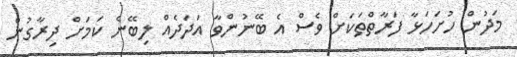
މަދުން ހުށަހަޅާ ފަރާތްތަކަށް ވެސް އެ ބޭނުންވާ އަދަދެއް ލިބޭނެ ކަމަށް ދިރާގުން